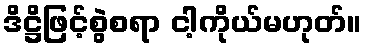
ဒိဋ္ဌိဖြင့်စွဲစရာ ငါ့ကိုယ်မဟုတ်။